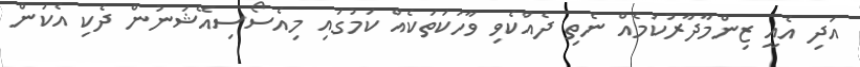
އަދި އެއީ ޒިންމާދާރުކަމެއް ނެތި ދެއްކެވި ވާހަކަތަކެއް ކަމުގައި މިއެސޯސިއޭޝަނުން ދެކި އެކަން